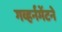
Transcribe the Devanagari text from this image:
गव्हर्नमेंटने